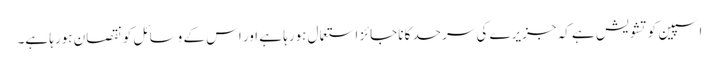
اسپین کو تشویش ہے کہ جزیرے کی سرحد کا ناجائز استعمال ہورہا ہے اور اس کے وسائل کو نقصان ہورہا ہے۔